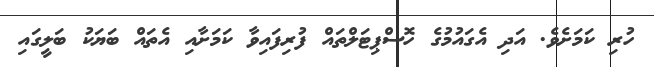
ހުރި ކަމަށެވެ. އަދި އެގައުމުގެ ހޮސްޕިޓަލްތައް ފުރިފައިވާ ކަމަށާއި އެތައް ބަޔަކު ބަލީގައި